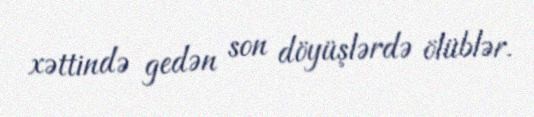
xəttində gedən son döyüşlərdə ölüblər.